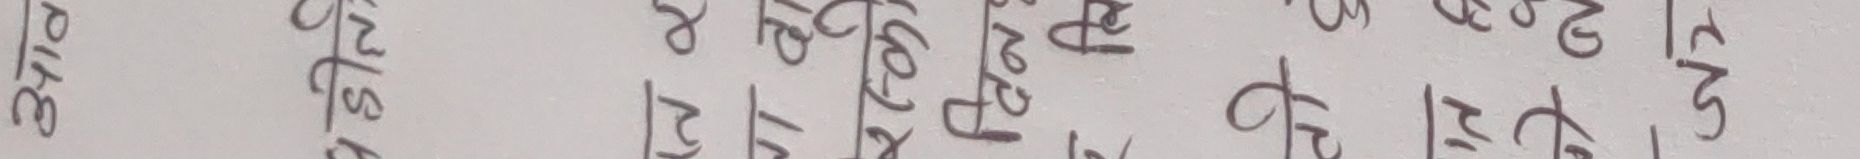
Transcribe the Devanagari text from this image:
न स १५ ३ क ठ त्र ३ च २ ढ ५ क्ष ४ ठ र ज ८ ह ट ञ न द २ म ट स ९ व ३ प ट भ